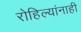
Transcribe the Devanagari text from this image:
रोहिल्यांनाही